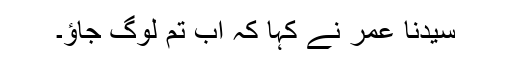
سیدنا عمرؓ نے کہا کہ اب تم لوگ جاؤ۔